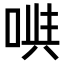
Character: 𠶁